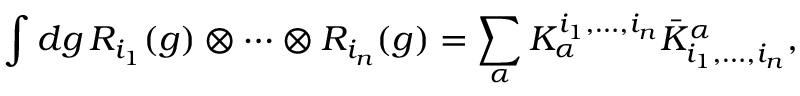
\int d g \, R _ { i _ { 1 } } ( g ) \otimes \cdots \otimes R _ { i _ { n } } ( g ) = \sum _ { \alpha } K _ { \alpha } ^ { i _ { 1 } , \ldots , i _ { n } } { \bar { K } ^ { \alpha } } _ { i _ { 1 } , \ldots , i _ { n } } ,